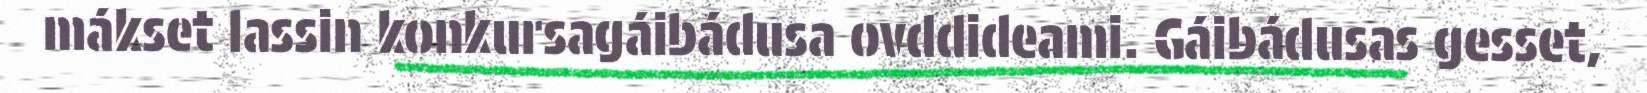
mákset lassin konkursagáibádusa ovddideami. Gáibádusas gesset,